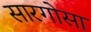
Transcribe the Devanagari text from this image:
सारगोसा